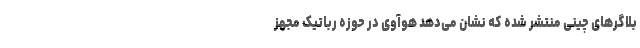
بلاگرهای چینی منتشر شده که نشان می‌دهد هوآوی در حوزه رباتیکِ مجهز